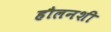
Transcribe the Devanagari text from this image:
हौलनशी